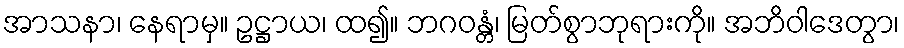
အာသနာ၊ နေရာမှ။ ဥဋ္ဌာယ၊ ထ၍။ ဘဂဝန္တံ၊ မြတ်စွာဘုရားကို။ အဘိဝါဒေတွာ၊